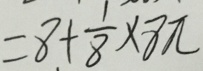
= 8 + \frac { 1 } { 8 } \times 8 \pi